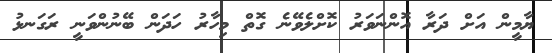
ޔާމީން އަށް ދަރާ އޮންނަވަރު ކޮށްލެވޭނެ ގޮތް މިހާރު ހަދަން ބޭނުންވަނީ ރަގަނޅު